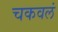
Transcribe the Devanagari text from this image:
चकवलं